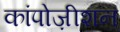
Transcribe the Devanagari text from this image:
कांपोज़ीशन